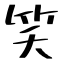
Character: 笑